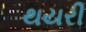
થયરી